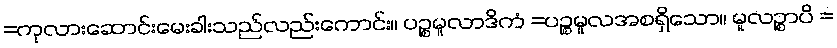
=ကုလားဆောင်းမေးခါးသည်လည်းကောင်း။ ပဉ္စမူလာဒိကံ =ပဉ္စမူလအစရှိသော။ မူလဉ္စာပိ =